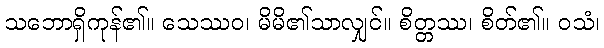
သဘောရှိကုန်၏။ သေဿဝ၊ မိမိ၏သာလျှင်။ စိတ္တဿ၊ စိတ်၏။ ဝသံ၊